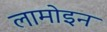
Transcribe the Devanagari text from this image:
लामोइन